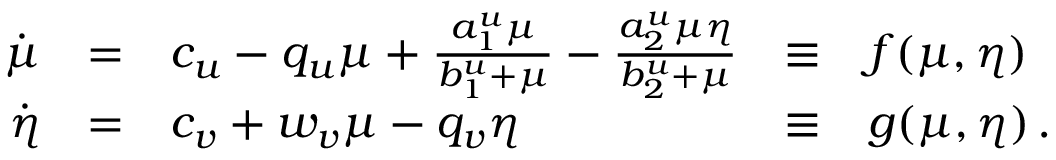
\begin{array} { r c l c l } { \dot { \mu } } & { = } & { c _ { u } - q _ { u } \mu + \frac { a _ { 1 } ^ { u } \mu } { b _ { 1 } ^ { u } + \mu } - \frac { a _ { 2 } ^ { u } \mu \eta } { b _ { 2 } ^ { u } + \mu } } & { \equiv } & { f ( \mu , \eta ) } \\ { \dot { \eta } } & { = } & { c _ { v } + w _ { v } \mu - q _ { v } \eta } & { \equiv } & { g ( \mu , \eta ) \, . } \end{array}